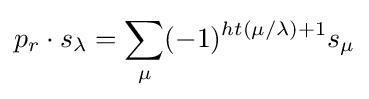
p_{r}\cdot s_{\lambda }=\sum _{\mu }(-1)^{ht(\mu /\lambda )+1}s_{\mu }